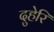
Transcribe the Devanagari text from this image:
दुहेरि